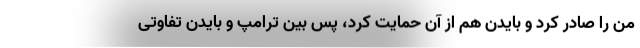
من را صادر کرد و بایدن هم از آن حمایت کرد، پس بین ترامپ و بایدن تفاوتی